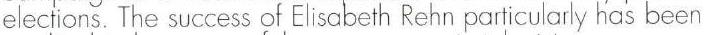
elections. The success of Elisabeth Rehn particularly has been